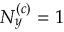
N _ { y } ^ { \left( c \right) } = 1